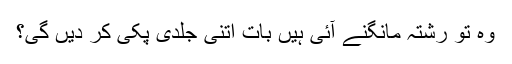
وہ تو رشتہ مانگنے آئی ہیں بات اتنی جلدی پکی کر دیں گی؟